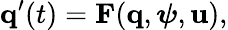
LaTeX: \mathbf{q}^{\prime}(t)=\mathbf{F}(\mathbf{q},\boldsymbol{\psi},\mathbf{u}),